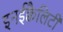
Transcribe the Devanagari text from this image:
इनईक्वैलिटी